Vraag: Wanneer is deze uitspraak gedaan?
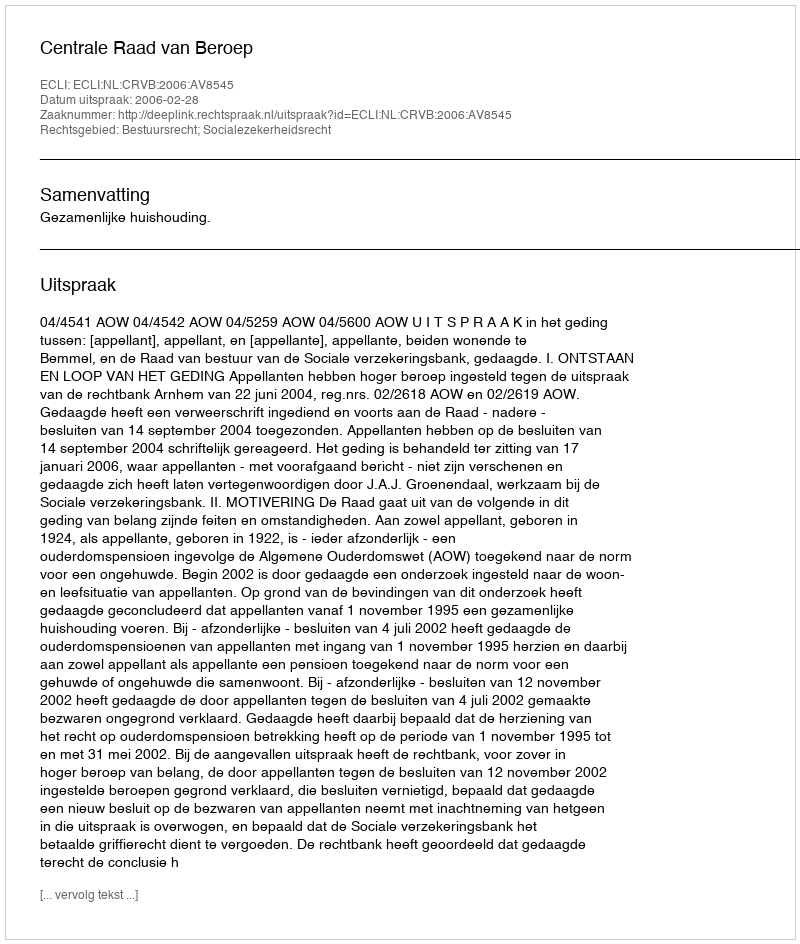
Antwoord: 2006-02-28